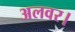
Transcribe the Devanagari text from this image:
अलवर।